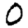
Digit: 0